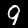
Label: 9